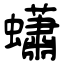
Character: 蠨